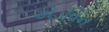
એડવિન